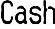
CASH